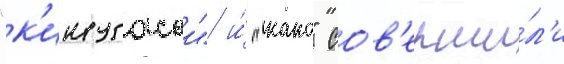
"к'инугасои" и́ "како" сов'ерши́л'и